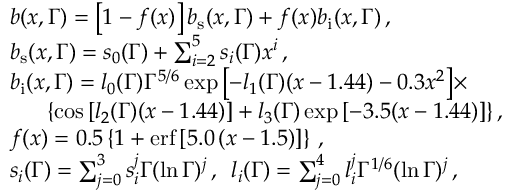
\begin{array} { r l } & { b ( x , \Gamma ) = \left[ 1 - f ( x ) \right] b _ { \mathrm { s } } ( x , \Gamma ) + f ( x ) b _ { \mathrm { i } } ( x , \Gamma ) \, , } \\ & { b _ { \mathrm { s } } ( x , \Gamma ) = s _ { 0 } ( \Gamma ) + \textstyle \sum _ { i = 2 } ^ { 5 } s _ { i } ( \Gamma ) x ^ { i } \, , } \\ & { b _ { \mathrm { i } } ( x , \Gamma ) = l _ { 0 } ( \Gamma ) \Gamma ^ { 5 / 6 } \exp { \left[ - l _ { 1 } ( \Gamma ) ( x - 1 . 4 4 ) - 0 . 3 x ^ { 2 } \right] } \times } \\ & { \, \, \, \, \, \, \, \, \, \, \left\{ \cos { \left[ l _ { 2 } ( \Gamma ) ( x - 1 . 4 4 ) \right] } + l _ { 3 } ( \Gamma ) \exp { \left[ - 3 . 5 ( x - 1 . 4 4 ) \right] } \right\} , } \\ & { f ( x ) = 0 . 5 \left\{ 1 + \mathrm { e r f } \left[ 5 . 0 \left( x - 1 . 5 \right) \right] \right\} \, , } \\ & { s _ { i } ( \Gamma ) = \textstyle \sum _ { j = 0 } ^ { 3 } s _ { i } ^ { j } \Gamma ( \ln { \Gamma } ) ^ { j } \, , \, \, \, l _ { i } ( \Gamma ) = \textstyle \sum _ { j = 0 } ^ { 4 } l _ { i } ^ { j } \Gamma ^ { 1 / 6 } ( \ln { \Gamma } ) ^ { j } \, , } \end{array}